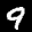
Label: 9